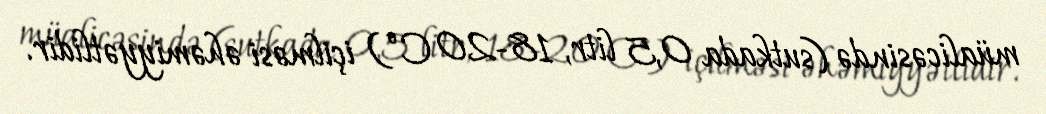
müalicəsində (sutkada 0,5 litr, 18-20 Cº) içilməsi əhəmiyyətlidir.